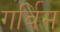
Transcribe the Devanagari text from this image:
गर्विस